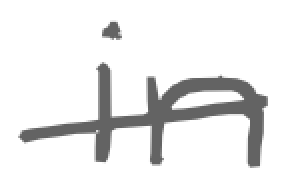
Text: in
Cross-out: single-line
Writing tool: digital_gray